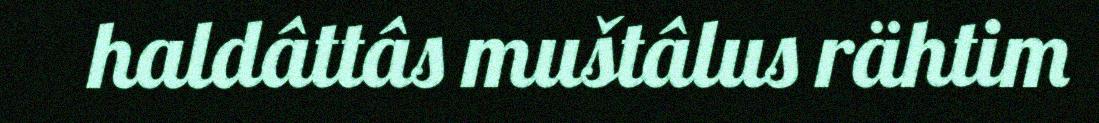
haldâttâs muštâlus rähtim